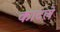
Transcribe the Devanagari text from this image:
काटले